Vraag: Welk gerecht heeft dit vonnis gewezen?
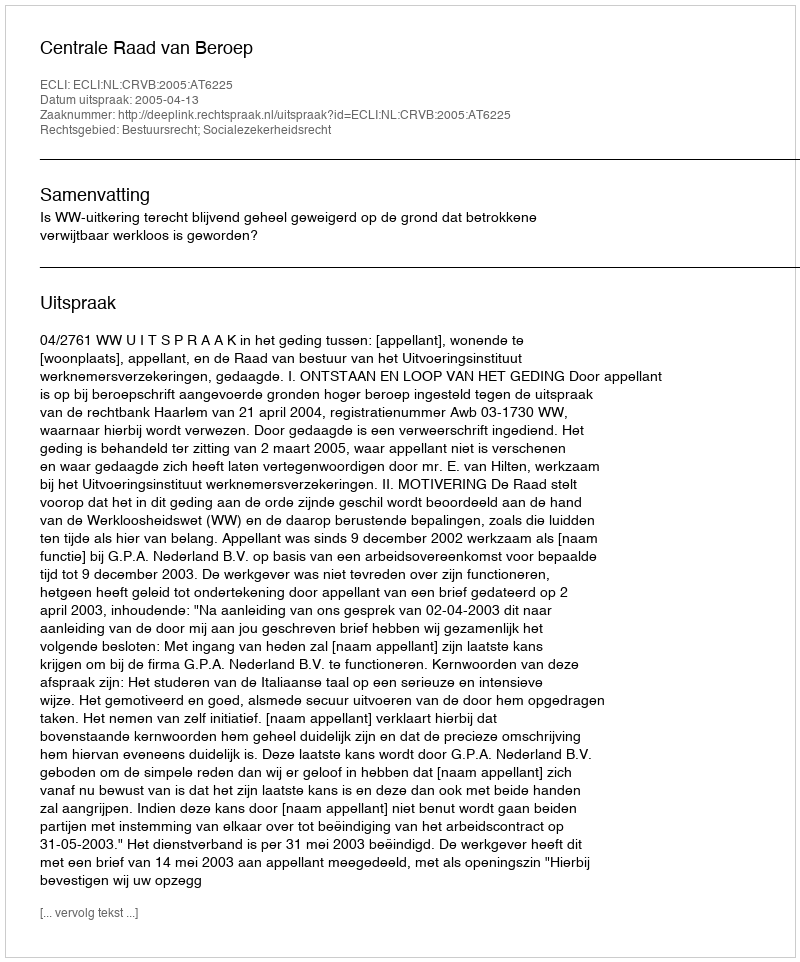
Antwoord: Centrale Raad van Beroep